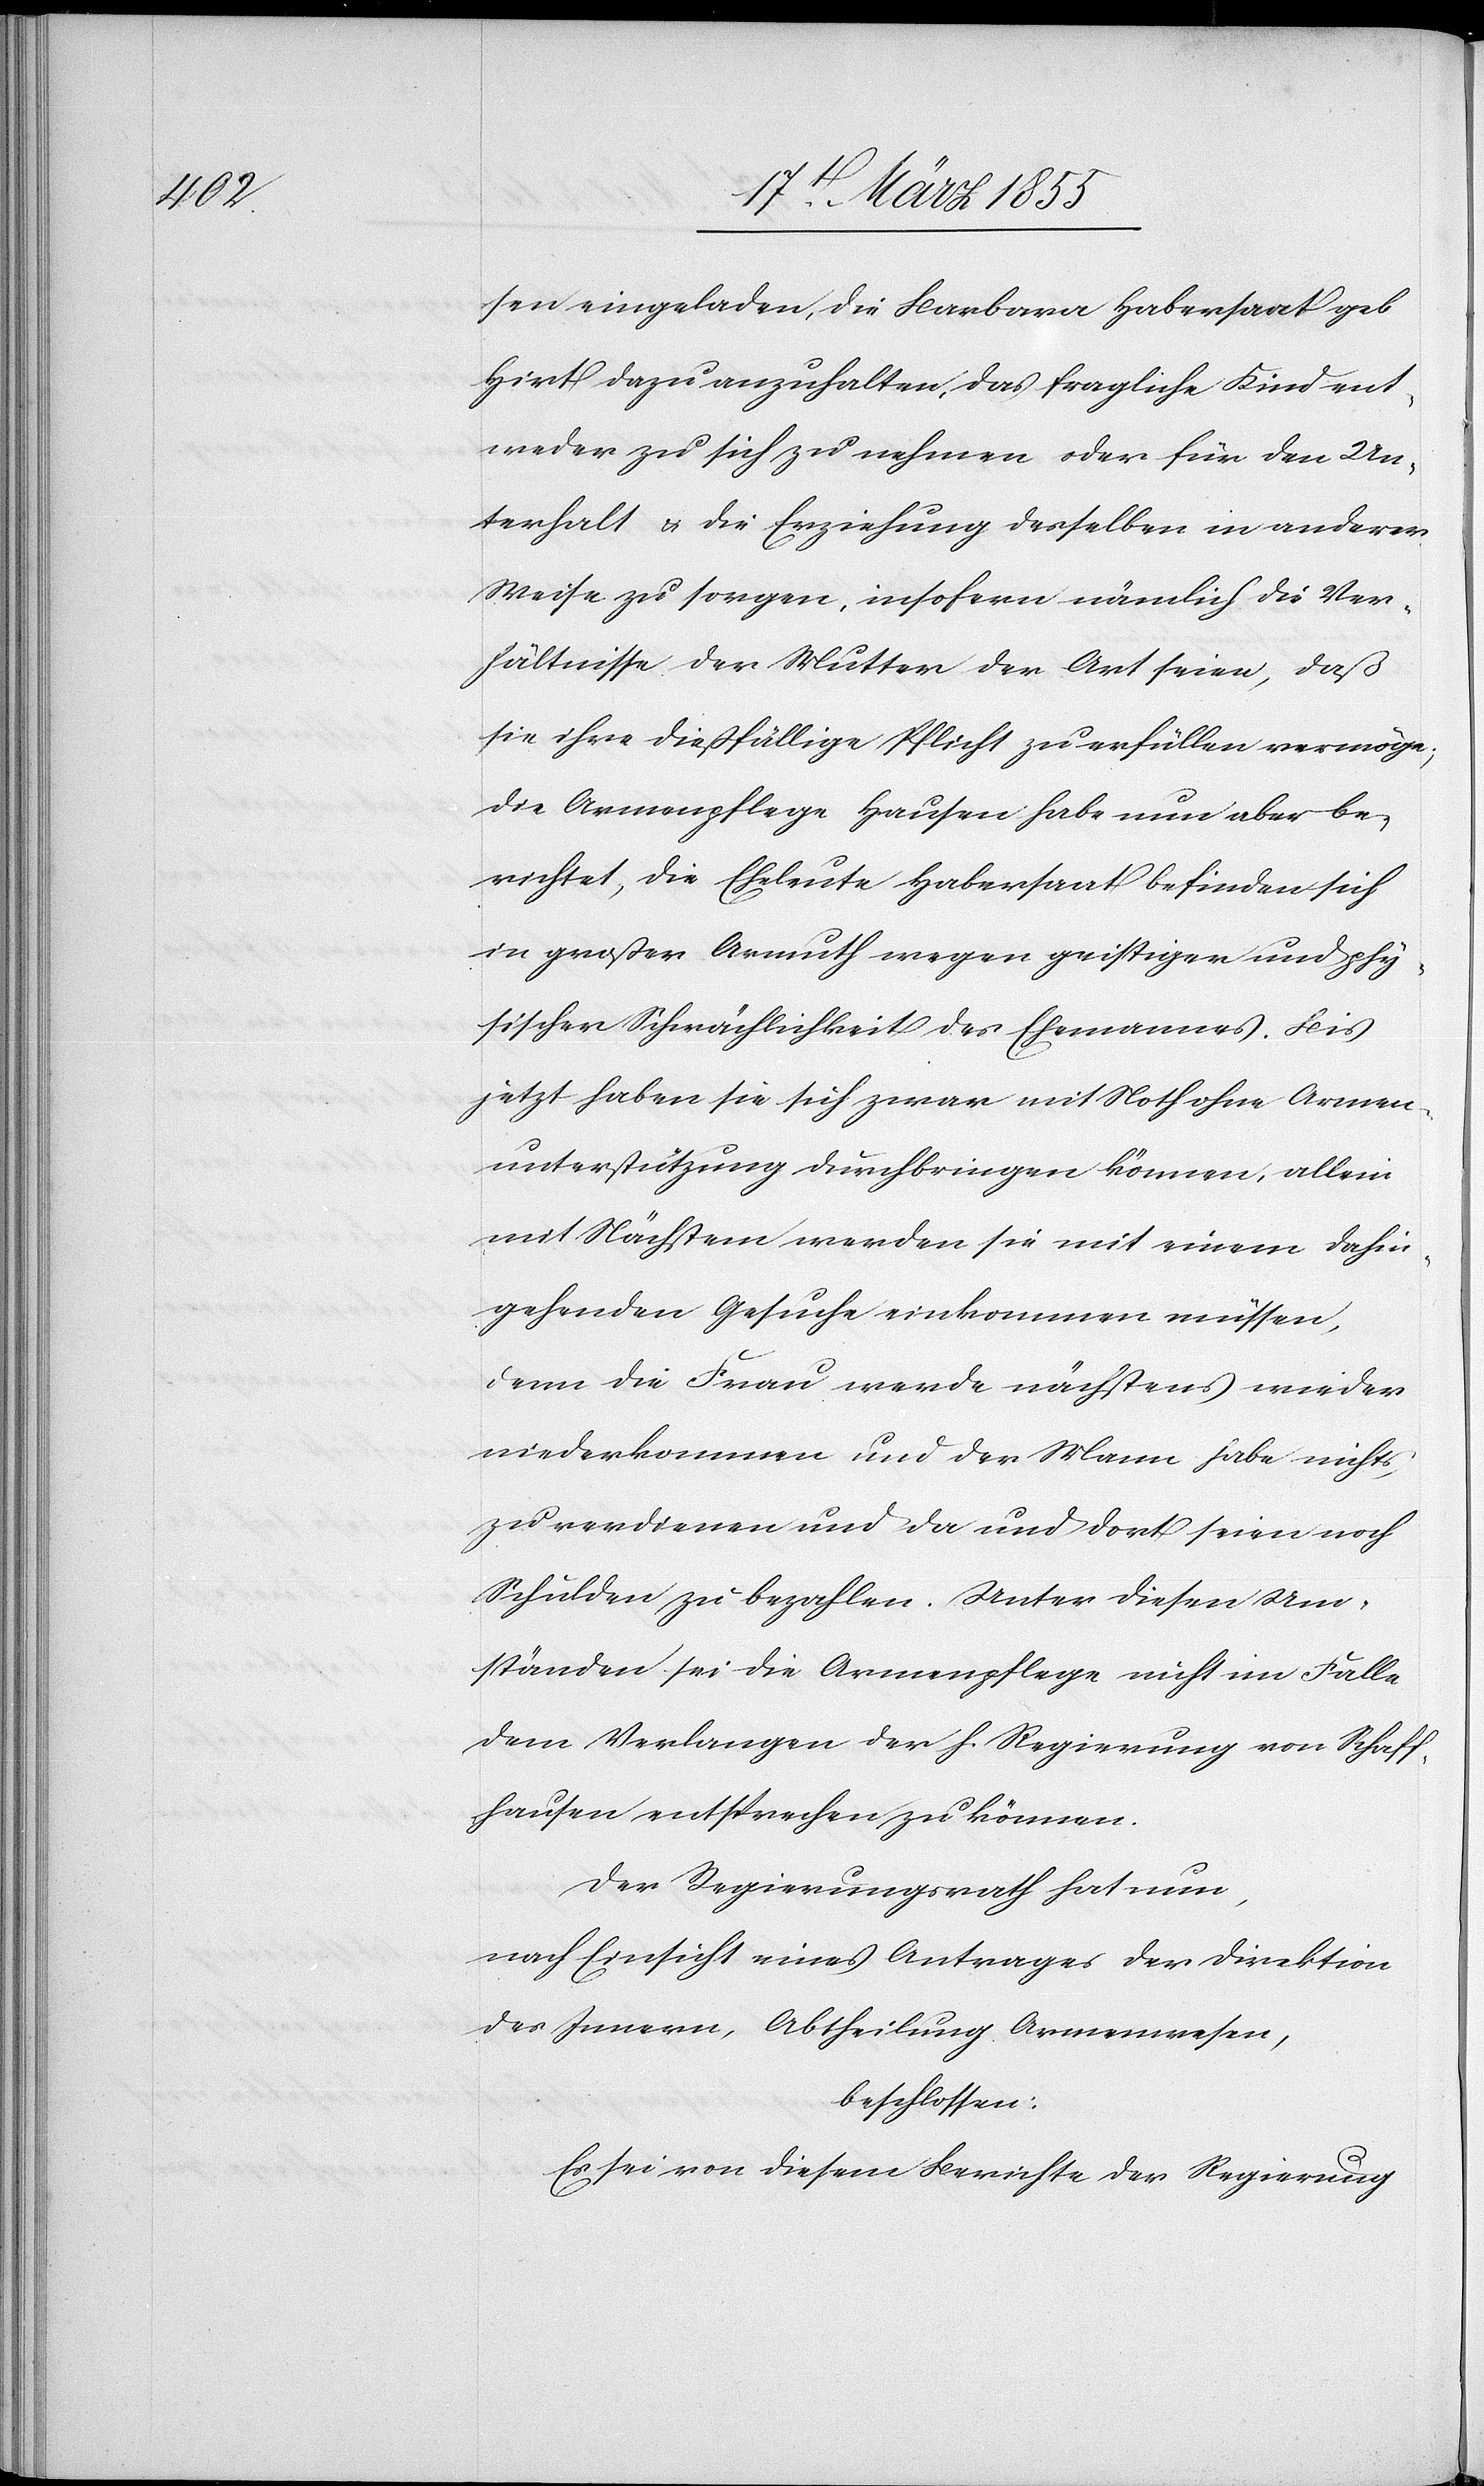
sen eingeladen, die Barbara Habersaat geb.
Hirt dazu anzuhalten, das fragliche Kind ent¬
weder zu sich zu nehmen oder für den Un¬
terhalt & die Erziehung desselben in anderer
Weise zu sorgen, insofern nämlich die Ver¬
hältnisse der Mutter der Art seien, daß
sie ihre dießfällige Pflicht zu erfüllen vermöge;
die Armenpflege Hausen habe nun aber be¬
richtet, die Eheleute Habersaat befinden sich
in großer Armuth wegen geistiger und phy¬
sischer Schwächlichkeit des Ehemannes. Bis
jetzt haben sie sich zwar mit Noth ohne Armen¬
unterstützung durchbringen können, allein
mit Nächstem werden sie mit einem dahin¬
gehenden Gesuche einkommen müssen,
denn die Frau werde nächstens wieder
niederkommen und der Mann habe nichts
zu verdienen und da und dort seien noch
Schulden zu bezahlen. Unter diesen Um¬
ständen sei die Armenpflege nicht im Falle
dem Verlangen der h. Regierung von Schaff¬
hausen entsprechen zu können.
Der Regierungsrath hat nun,
nach Einsicht eines Antrages der Direktion
des Innern, Abtheilung Armenwesen,
beschlossen:
Es sei von diesem Berichte der Regierung